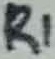
Text: R1